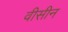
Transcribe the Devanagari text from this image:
वीसीन